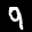
Label: 9